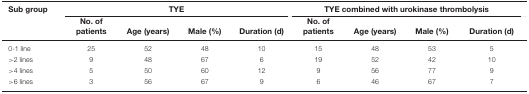
<table><thead><tr><td><b>Sub group</b></td><td colspan="4"><b>TYE</b></td><td colspan="4"><b>TYE combined with urokinase thrombolysis</b></td></tr><tr><td></td><td><b>No. of patients</b></td><td><b>Age (years)</b></td><td><b>Male (%)</b></td><td><b>Duration (d)</b></td><td><b>No. of patients</b></td><td><b>Age (years)</b></td><td><b>Male (%)</b></td><td><b>Duration (d)</b></td></tr></thead><tbody><tr><td>0-1 line</td><td>25</td><td>52</td><td>48</td><td>10</td><td>15</td><td>48</td><td>53</td><td>5</td></tr><tr><td>&gt;2 lines</td><td>9</td><td>48</td><td>67</td><td>6</td><td>19</td><td>52</td><td>42</td><td>10</td></tr><tr><td>&gt;4 lines</td><td>5</td><td>50</td><td>60</td><td>12</td><td>9</td><td>56</td><td>77</td><td>9</td></tr><tr><td>&gt;6 lines</td><td>3</td><td>56</td><td>67</td><td>9</td><td>6</td><td>46</td><td>67</td><td>7</td></tr></tbody></table>